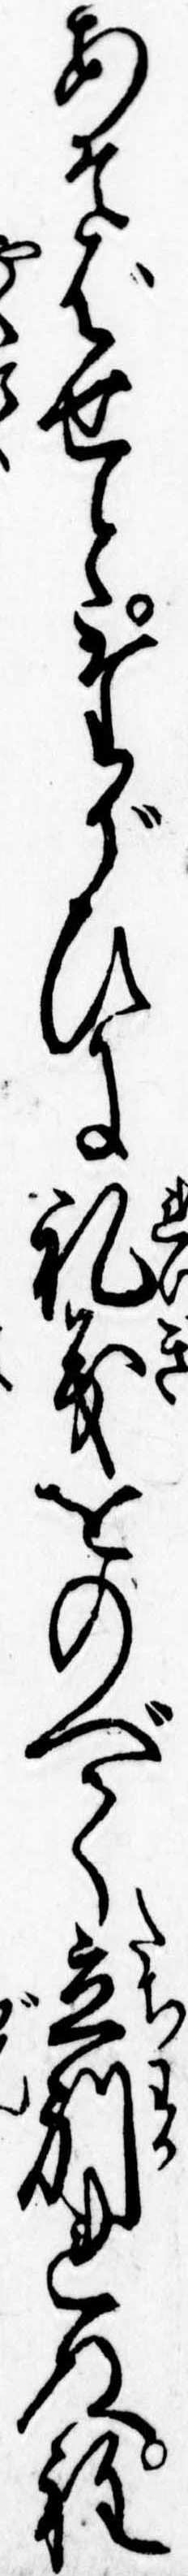
あそばせとたがひに礼義をのべて立別れぬ程